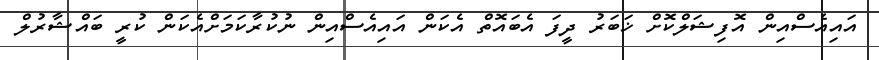
އައިއެސްއިން އޮފިޝަލްކޮށް ޚަބަރު ދީފަ އެބައޮތް އެކަން އައިއެސްއިން ނުކުރާކަމަށްއެކަން ކުރީ ބައްޝާރުލް